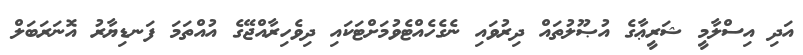
އަދި އިސްލާމީ ޝަރީޢާގެ އުޞޫލުތައް ދިރުވައި ނެގެހެއްޓެވުމަށްޓަކައި ދިވެހިރާއްޖޭގެ އުއްތަމަ ފަނޑިޔާރު އޮނަރަބަލް